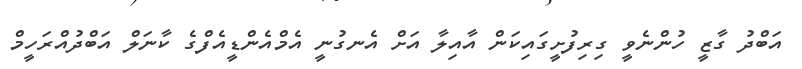
އަބްދު ގާޒީ ހުންނެވީ ގިރިފުށީގައިކަން އާއިލާ އަށް އެނގުނީ އެމްއެންޑީއެފްގެ ކާނަލް އަބްދުއްރަހީމް